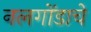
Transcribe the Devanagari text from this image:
नलगोंडाचे